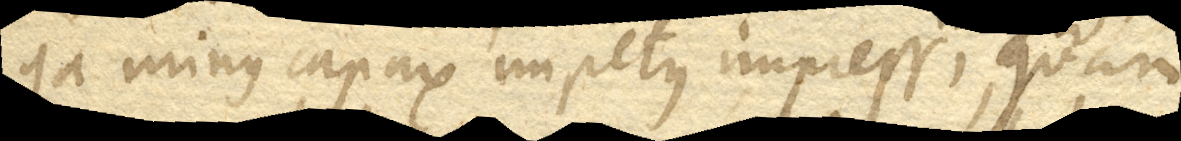
quia minus capax impetus impressi, quam